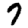
Digit: 7